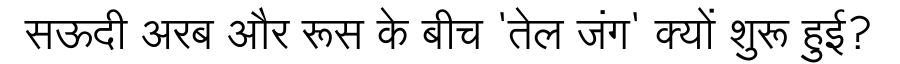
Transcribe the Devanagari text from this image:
सऊदी अरब और रूस के बीच 'तेल जंग' क्यों शुरू हुई?